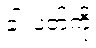
ခါးပတ်ကို